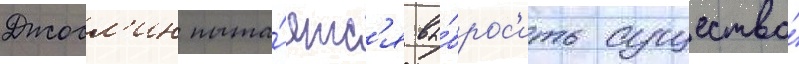
Джосл'ин пыта́етс'я вы́брос'ить существо́